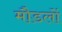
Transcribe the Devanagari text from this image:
मौडलों